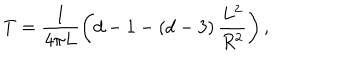
LaTeX: T = \frac { 1 } { 4 \pi L } \left( d - 1 - \left( d - 3 \right) \frac { L ^ { 2 } } { R ^ { 2 } } \right) ,